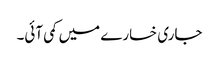
جاری خسارے میں کمی آئی۔